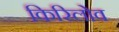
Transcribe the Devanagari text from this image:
किरिलोव